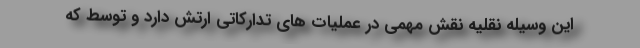
این وسیله نقلیه نقش مهمی در عملیات های تدارکاتی ارتش دارد و توسط که